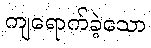
ကျရောက်ခဲ့သော